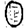
Digit: 0